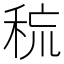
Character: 𰨧